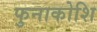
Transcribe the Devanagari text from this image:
फुनाकोशि